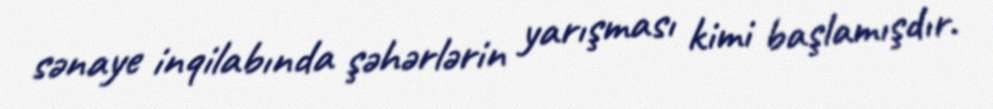
sənaye inqilabında şəhərlərin yarışması kimi başlamışdır.